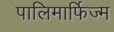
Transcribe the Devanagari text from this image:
पालिमार्फिज्म